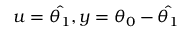
u = \hat { \theta _ { 1 } } , y = \theta _ { 0 } - \hat { \theta _ { 1 } }